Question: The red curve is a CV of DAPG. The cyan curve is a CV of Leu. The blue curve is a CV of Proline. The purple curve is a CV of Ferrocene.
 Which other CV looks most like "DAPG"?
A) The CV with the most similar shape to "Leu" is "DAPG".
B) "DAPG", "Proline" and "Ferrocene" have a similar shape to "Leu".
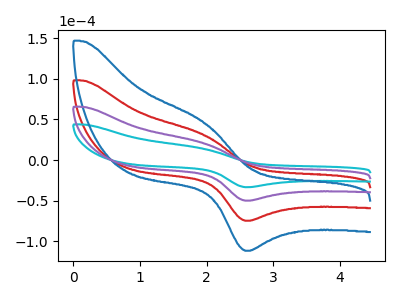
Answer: <think>The red curve "DAPG" has an anodic peak at (1.95V, 41.70uA) and a cathodic peak at (2.60V, -99.85uA). The cyan curve "Leu" has an anodic peak at (1.95V, 13.95uA) and a cathodic peak at (2.60V, -33.40uA). The blue curve "Proline" has an anodic peak at (1.95V, 62.55uA) and a cathodic peak at (2.60V, -149.75uA). The purple curve "Ferrocene" has an anodic peak at (1.95V, 20.85uA) and a cathodic peak at (2.60V, -49.90uA).
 All the peaks in "DAPG" have a peak in "Leu" at the same potential. Every peak in "DAPG" is higher than every peak in "Leu". All the peaks in "DAPG" have a peak in "Proline" at the same potential. Every peak in "DAPG" is lower than every peak in "Proline". All the peaks in "DAPG" have a peak in "Ferrocene" at the same potential. Every peak in "DAPG" is higher than every peak in "Ferrocene". All the peaks in "Leu" have a peak in "Proline" at the same potential. Every peak in "Leu" is lower than every peak in "Proline". All the peaks in "Leu" have a peak in "Ferrocene" at the same potential. Every peak in "Leu" is lower than every peak in "Ferrocene". All the peaks in "Proline" have a peak in "Ferrocene" at the same potential. Every peak in "Proline" is higher than every peak in "Ferrocene".</think>
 <answer>B) "DAPG", "Proline" and "Ferrocene" have a similar shape to "Leu".</answer>
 <eval>B</eval>